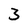
Character: 3